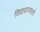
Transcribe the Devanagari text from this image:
विद्याधरव्यालों